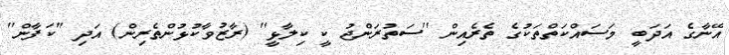
އޭނާގެ އަދަބީ މަސައްކަތްތަކުގެ ތެރެއިން ''ސަތުރަންޖު ކީ ކިލާޅީ'' (ރާޒުވާކުޅުންތެރިން) އަދި ''ކަފާން''